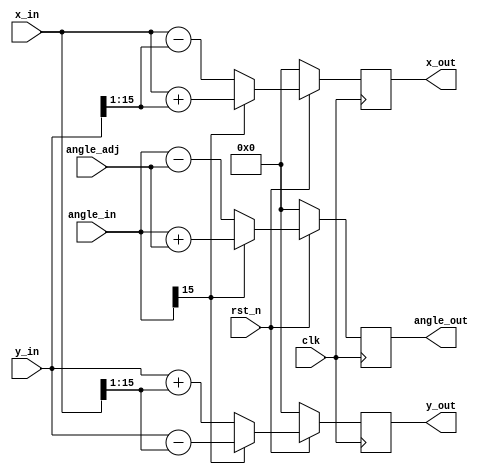
// This program was cloned from: https://github.com/YosysHQ/apicula
// License: MIT License

// pipelined CORDIC algorithm to calculate sin/cos pair from a given angle (0..1)
//


// one stage of the cordic iteration with registered outputs
module cordic_stage_16(clk, rst_n, x_in, y_in, angle_in, angle_adj, x_out, y_out, angle_out);
    parameter SHIFT = 1;

    // inputs
    input clk;
    input rst_n;
    input signed [16-1:0] x_in;
    input signed [16-1:0] y_in;
    input signed [16-1:0] angle_in;
    input signed [16-1:0] angle_adj;

    // outputs
    output reg signed [16-1:0] x_out;
    output reg signed [16-1:0] y_out;
    output reg signed [16-1:0] angle_out;

    // internal signal
    reg signed [16-1:0] new_x;
    reg signed [16-1:0] new_y;
    reg signed [16-1:0] new_angle;

    wire sign;
    wire signed [16-1:0] shifted_x;
    wire signed [16-1:0] shifted_y;

    assign sign = angle_in[16-1];  // angle sign bit
    assign shifted_x = x_in >>> SHIFT;
    assign shifted_y = y_in >>> SHIFT;

    always @(*)
    begin
        new_x = sign ? (x_in + shifted_y) : (x_in - shifted_y);
        new_y = sign ? (y_in - shifted_x) : (y_in + shifted_x);
        new_angle = sign ? (angle_in + angle_adj) : (angle_in - angle_adj);
    end

    always @(posedge clk)
    begin
        if (rst_n == 1'b0)
        begin
            x_out <= 0;
            y_out <= 0;
            angle_out <= 0;
        end
        else begin
            x_out <= new_x;
            y_out <= new_y;
            angle_out <= new_angle;        
        end
    end

endmodule


module cordic_10_16(clk, rst_n, angle_in, cos_out, sin_out);

    // inputs
    input clk;
    input rst_n;
    input signed [16-1:0] angle_in;

    // outputs
    output signed [16-1:0] cos_out;
    output signed [16-1:0] sin_out;

    // internal signals
    reg signed [16-1:0] x_in; 
    reg signed [16-1:0] y_in;
    reg signed [16-1:0] z_in;

    wire signed [16-1:0] xbus [0:10-1];
    wire signed [16-1:0] ybus [0:10-1];
    wire signed [16-1:0] zbus [0:10-1];

    assign cos_out = xbus[10-1];
    assign sin_out = ybus[10-1];

    always @(*)
    begin
        case($unsigned(angle_in[16-1:16-2]))
            2'b00:
                begin
                    x_in <= 16'd19896;
                    y_in <= 0;
                    z_in <= angle_in;
                end
            2'b11:
                begin
                    x_in <= 16'd19896;
                    y_in <= 0;
                    z_in <= angle_in;
                end
            2'b01:
                begin
                    x_in <= 0;
                    y_in <= 16'd19896;
                    z_in <= $signed({2'b00, angle_in[16-3:0]});
                end
            2'b10:
                begin
                    x_in <= 0;
                    y_in <= -16'd19896;
                    z_in <= $signed({2'b11, angle_in[16-3:0]});
                end
        endcase
    end

    // generate instances of cordic_stage
        cordic_stage_16 #(0) stage0(clk, rst_n, x_in, y_in, z_in, 16'sd8192, xbus[0], ybus[0], zbus[0]);
    cordic_stage_16 #(1) stage1(clk, rst_n, xbus[0], ybus[0], zbus[0], 16'sd4836, xbus[1], ybus[1], zbus[1]);
    cordic_stage_16 #(2) stage2(clk, rst_n, xbus[1], ybus[1], zbus[1], 16'sd2555, xbus[2], ybus[2], zbus[2]);
    cordic_stage_16 #(3) stage3(clk, rst_n, xbus[2], ybus[2], zbus[2], 16'sd1297, xbus[3], ybus[3], zbus[3]);
    cordic_stage_16 #(4) stage4(clk, rst_n, xbus[3], ybus[3], zbus[3], 16'sd651, xbus[4], ybus[4], zbus[4]);
    cordic_stage_16 #(5) stage5(clk, rst_n, xbus[4], ybus[4], zbus[4], 16'sd326, xbus[5], ybus[5], zbus[5]);
    cordic_stage_16 #(6) stage6(clk, rst_n, xbus[5], ybus[5], zbus[5], 16'sd163, xbus[6], ybus[6], zbus[6]);
    cordic_stage_16 #(7) stage7(clk, rst_n, xbus[6], ybus[6], zbus[6], 16'sd81, xbus[7], ybus[7], zbus[7]);
    cordic_stage_16 #(8) stage8(clk, rst_n, xbus[7], ybus[7], zbus[7], 16'sd41, xbus[8], ybus[8], zbus[8]);
    cordic_stage_16 #(9) stage9(clk, rst_n, xbus[8], ybus[8], zbus[8], 16'sd20, xbus[9], ybus[9], zbus[9]);


endmodule